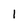
Character: 1